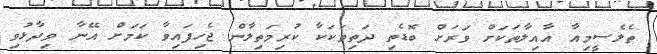
ތެލެސީމިއާ އާއިލާތަކަށް ވަރަށް ބޮޑެތި ދަތިތަކަކާ ކުރިމަތިލާން ޖެހިފައިވާ ކަމަށް އޭނާ ވިދާޅުވި